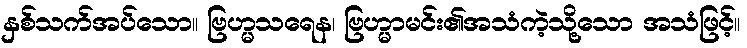
နှစ်သက်အပ်သော။ ဗြဟ္မသရေန၊ ဗြဟ္မာမင်း၏အသံကဲ့သို့သော အသံဖြင့်။